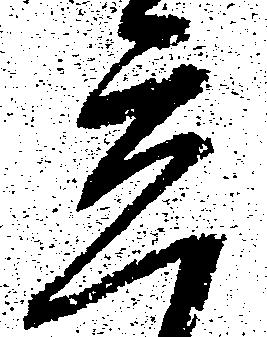
立